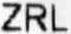
ZRL